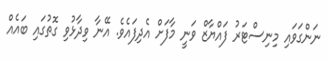
ނަންގަވައި މިނިސްޓަރު ފައްޔާޒް ވަނީ މާފަށް އެދިފައެވެ. އޭނާ ވިދާޅުވި ގޮތުގައި ބައެއް